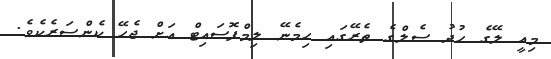
މިއީ ލޭގެ ހުދު ސެލްގެ ތެރޭގައި ހިމެނޭ ލިމްފޮސައިޓް އަށް ޖެހޭ ކެންސަރެކެވެ.